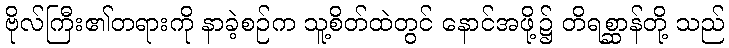
ဗိုလ်ကြီး၏တရားကို နာခဲ့စဉ်က သူ့စိတ်ထဲတွင် နောင်အဖို့၌ တိရစ္ဆာန်တို့ သည်